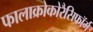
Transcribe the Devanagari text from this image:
फालाक्रोकोरैसिफॉर्म